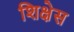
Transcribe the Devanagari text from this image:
शिक्षेस